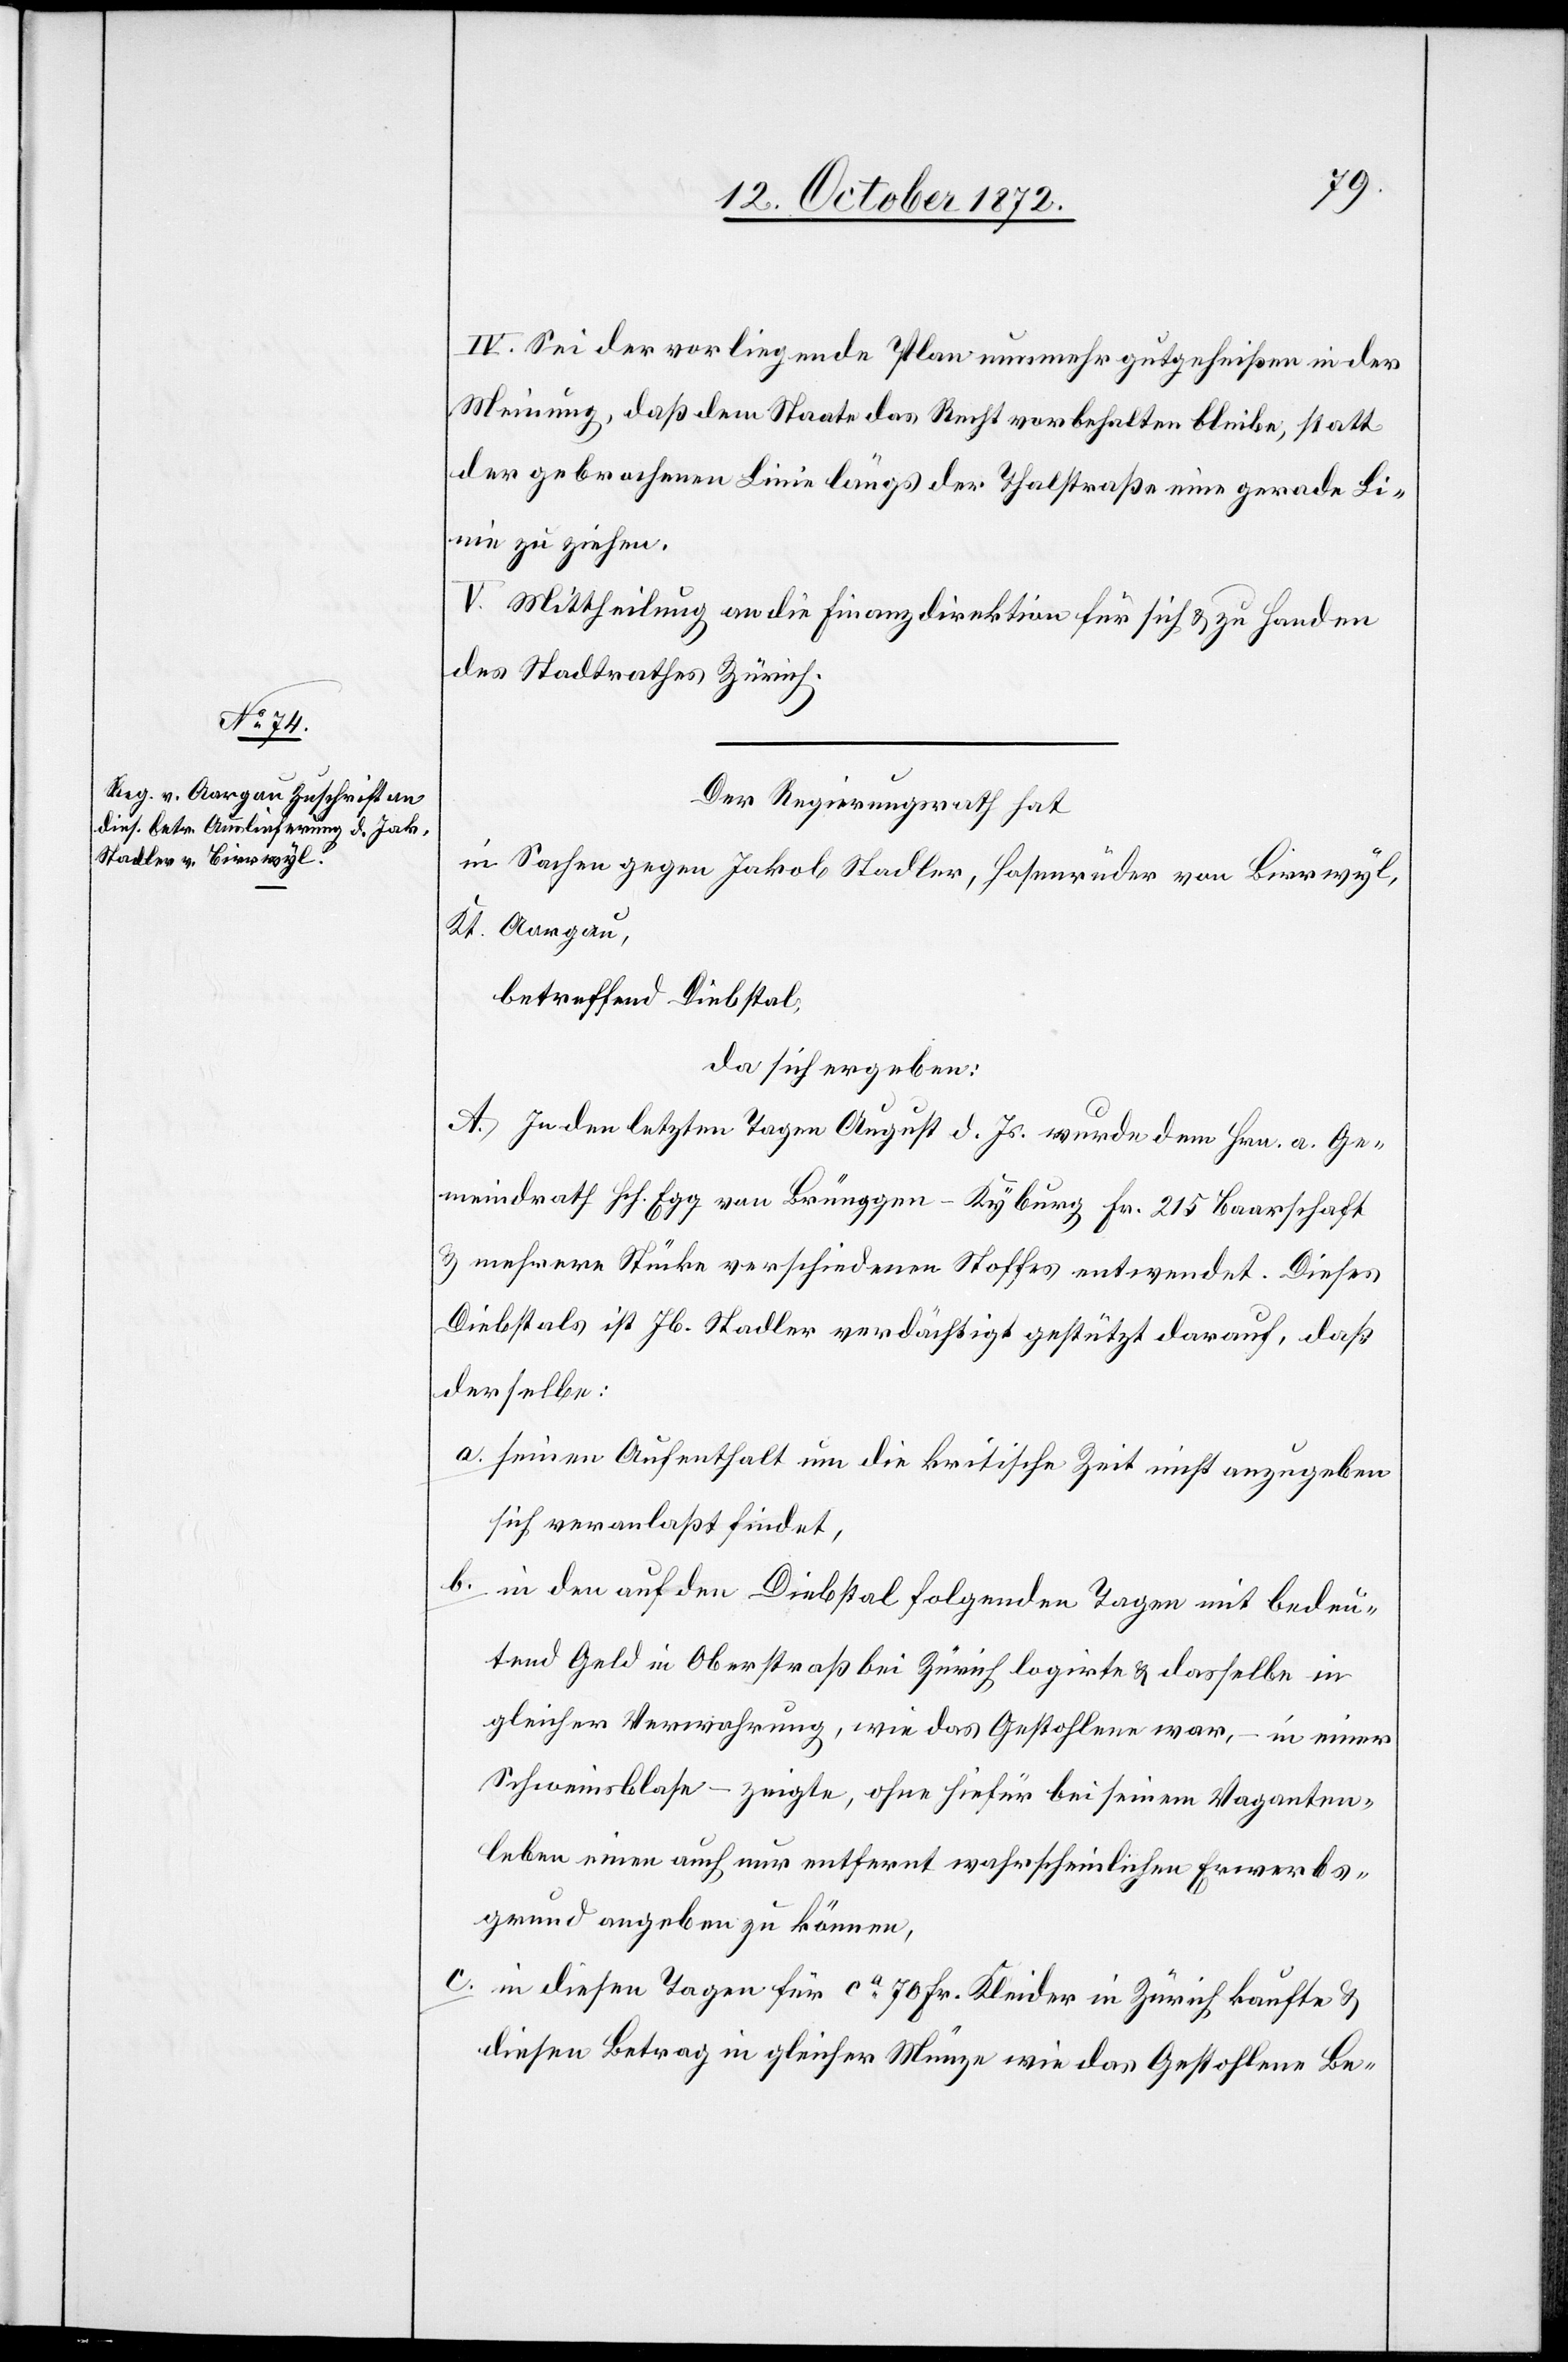
IV. Sei der vorliegende Plan nunmehr gutgeheißen in der
Meinung, daß dem Staate das Recht vorbehalten bleibe, statt
der gebrochenen Linie längs der Thalstraße eine gerade Li¬
nie zu ziehen.
V. Mittheilung an die Finanzdirektion für sich u. zu Handen
des Stadtrathes Zürich.
Der Regierungsrath hat
in Sachen gegen Jakob Stadler, Hasenrüder von Bierwyl,
Kt. Aargau,
betreffend Diebstal,
da sich ergeben:
A. In den letzten Tagen August d. Js. wurde dem Hrn. a. Ge¬
meindrath Hch. Egg von Brünggen-Kyburg Fr. 215 Baarschaft
u. mehrere Stücke verschiedenen Stoffes entwendet. Dieses
Diebstals ist Jb. Stadler verdächtigt gestützt darauf, daß
derselbe:
a. seinen Aufenthalt um die kritische Zeit nicht anzugeben
sich veranlaßt findet,
b. in den auf den Diebstal folgenden Tagen mit bedeu¬
tend Geld in Oberstraß bei Zürich logirte u. dasselbe in
gleicher Verwahrung, wie das Gestohlene war, – in einer
Schweinsblase – zeigte, ohne hiefür bei seinem Vaganten¬
leben einen auch nur entfernt wahrscheinlichen Erwerbs¬
grund angeben zu können.
c. in diesen Tagen für ca 70 Fr. Kleider in Zürich kaufte u.
diesen Betrag in gleicher Münze wie das Gestohlene Be-